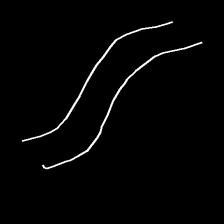
Glyph: float